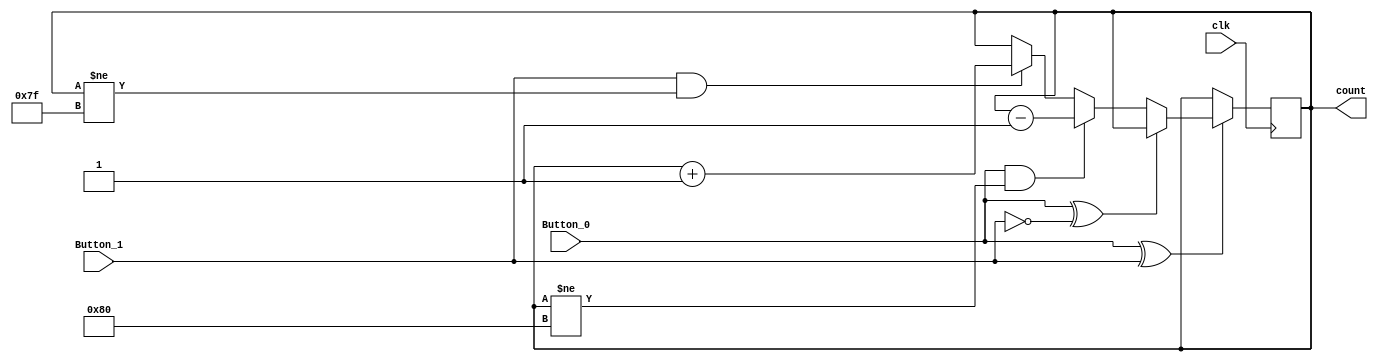
module pushButtons(Button_0, Button_1, count, clk);

input Button_0, Button_1, clk;
output reg signed [7:0] count;

initial
	begin
		count = 8'b00000000;
	end

always @(posedge clk)
	begin
		 if( Button_0 ^ Button_1 == 1)
			begin
				if (Button_0 ^ Button_1 == 0);
				else if (Button_0 == 1 && count != 8'b10000000)
					count = count - 8'b00000001;
				else if (Button_1 == 1 && count != 8'b01111111)
					count = count + 8'b00000001;
				else;
			end
	end
	
endmodule